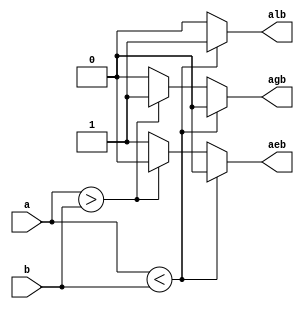
module comparator (a, b, alb, aeb, agb);
input [3:0] a , b;
output alb, aeb, agb;
reg alb, aeb, agb;
always@(a,b)
begin
if(a<b)
begin
alb=1'b1; aeb=1'b0; agb=1'b0;
end
else if (a>b)
begin
alb=1'b0; aeb=1'b0; agb=1'b1;
end
else
begin
alb=1'b0; aeb=1'b1; agb=1'b0;
end
end
endmodule

module comp_tb;
    reg [3:0]A;
    reg [3:0]B;
    wire alb1,aeb1,agb1;
comparator DUT (.a(A),.b(B),.alb(alb1),.aeb(aeb1),.agb(agb1));
initial
begin
   #5 A=4'b0000 ; B=4'b0000;
   #5 A=4'b1100 ; B=4'b0011;
   #5 A=4'b0011 ; B=4'b1100;
    #5;
end
always
 #10 $display ($time,"a=%b b=%b alb1=%b aeb1=%b agb1=%b",$time,A,B,alb1,aeb1,agb1);
initial
#100 $finish;
endmodule